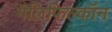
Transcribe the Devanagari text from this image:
गैलिफिल्कॉन